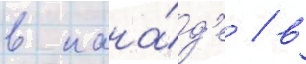
в кана́д'е / в